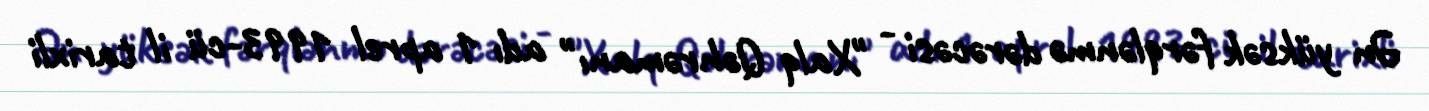
Ən yüksək fərqlənmə dərəcəsi - "Xalq Qəhrəmanı" adı 1 aprel 1993-cü il tarixli